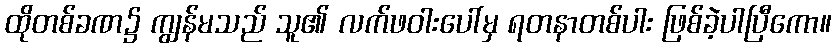
ထိုတစ်ခဏ၌ ကျွန်မသည် သူ၏ လက်ဖဝါးပေါ်မှ ရတနာတစ်ပါး ဖြစ်ခဲ့ပါပြီကော။